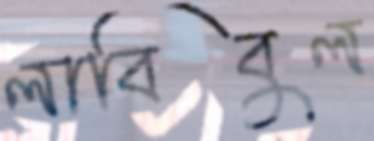
লাবিবুল